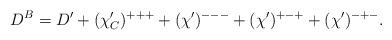
\begin{align*} D^B = D' + (\chi'_C)^{+++} + (\chi')^{---} + (\chi')^{+-+} + (\chi')^{-+-}.\end{align*}